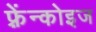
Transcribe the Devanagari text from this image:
फ़्रेंन्कोइज